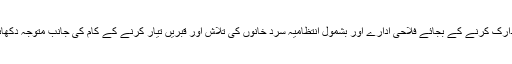
ایک بیان میں انہوں نے کہاکہ گرمی کی شدت کا تدارک کرنے کے بجائے فلاحی ادارے اور بشمول انتظامیہ سرد خانوں کی تلاش اور قبریں تیار کرنے کے کام کی جانب متوجہ دکھائی دے رہی ہے جو کہ انتہائی افسوسناک عمل ہے ۔